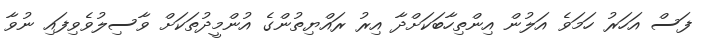
ފަސް އަހަރު ހަމަވެ އަލުން އިންތިހާބަކަށްދާ އިރު ރައްޔިތުންގެ އުންމީދުތަކަށް ވާސިލުވެވިފައި ނުވާ